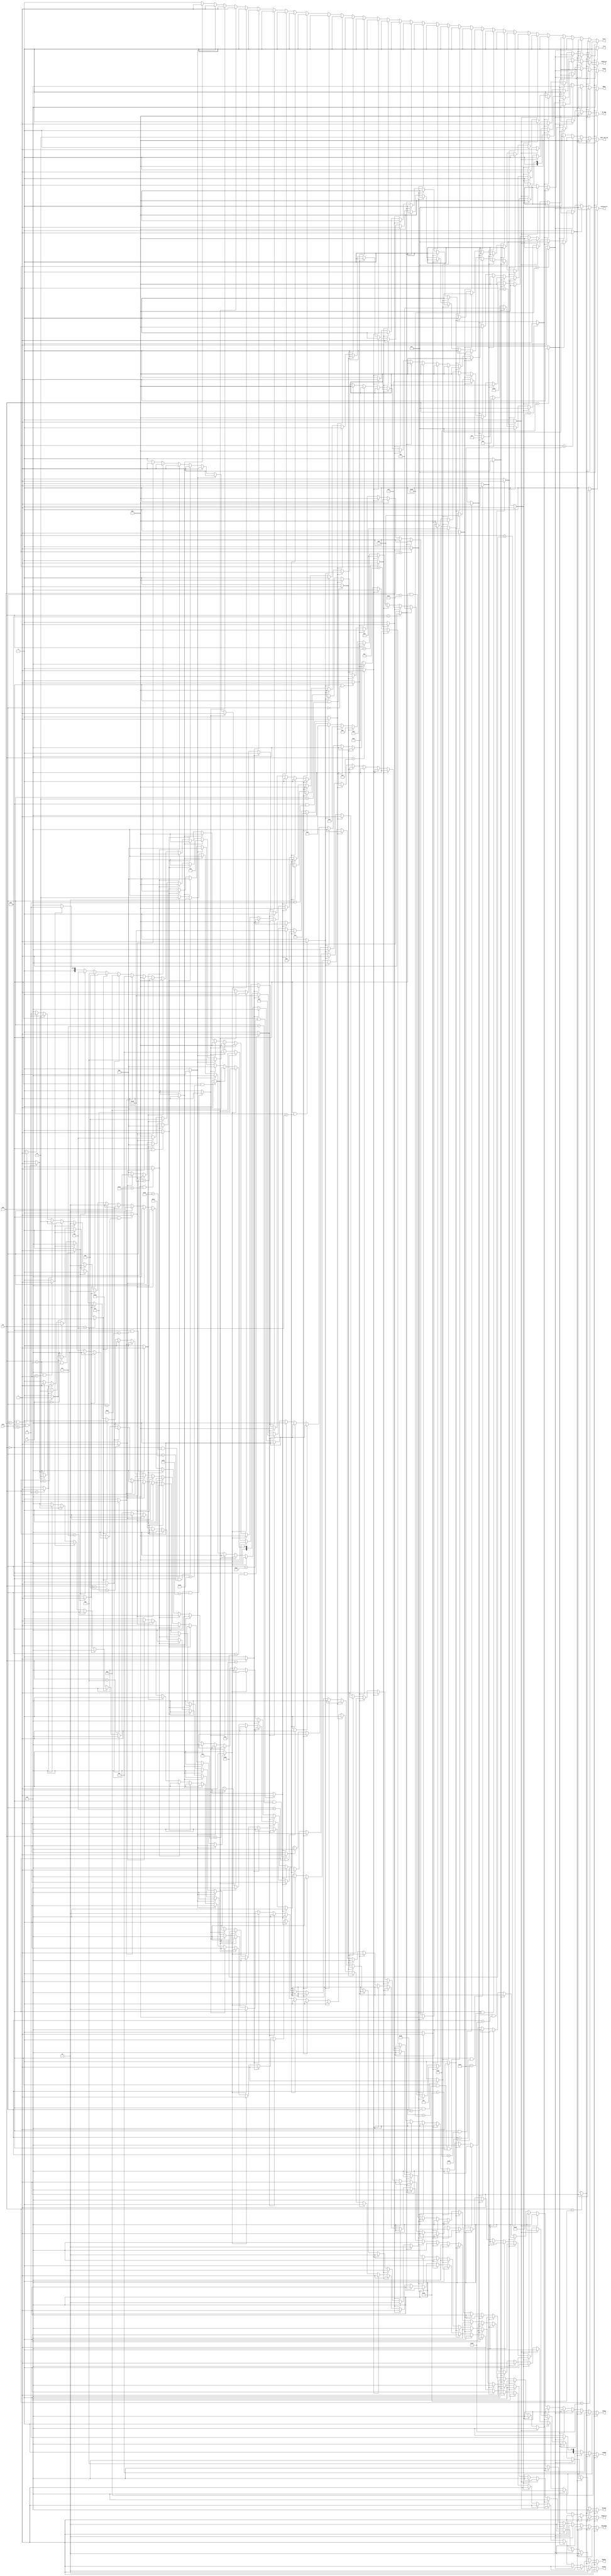
`timescale 1ns / 1ps
//////////////////////////////////////////////////////////////////////////////////
// Company: 
// Engineer: 
// 
// Design Name: 
// Module Name:    control 
// Project Name: 
// Target Devices: 
// Tool versions: 
// Description: 
//
// Dependencies: 
//
// Revision: 
// Revision 0.01 - File Created
// Additional Comments: 
//
//////////////////////////////////////////////////////////////////////////////////
module control(
    input [5:0] op,
    input [5:0] func,
	input [4:0] rt,
    output reg [1:0] Branch,
    output reg EXTop,
    output reg [4:0] ALUcontrol,
    output reg MemWrite,
    output reg RegWrite,
    output reg [1:0] RegDst,
    output reg ALUSrc,
    output reg [1:0] MemtoReg,
	output reg [1:0] BEop,
	output reg start,
	output reg [2:0] mult_div_op,
	output reg [2:0] Loadop,
	output reg [1:0] OUTop,
	output reg m_d,
	output reg [2:0] B_jump
    );
	 initial
		begin
			 Branch[1:0]=2'b00;
			 EXTop=1'b0;
			 ALUcontrol[4:0]=5'd0;
			 MemWrite=1'b0;
			 RegWrite=1'b0;
			 RegDst[1:0]=2'b00;
			 ALUSrc=1'b0;
			 MemtoReg[1:0]=2'b00;
			 BEop[1:0]=2'b00;
			 start=1'b0;
			 mult_div_op[2:0]=3'b000;
			 Loadop=3'b0;
			 OUTop[1:0]=2'b0;
			 m_d=1'b0;
			 B_jump=3'b000;
		end
	//
	//
	wire LB,LBU,LH,LHU,LW,SB,SH,SW;	
	//
	wire ADD,ADDU,SUB,SUBU,AND,OR,XOR,NOR;
	wire ADDI,ADDIU,ANDI,ORI,XORI;
	wire SLL,SRL,SRA,SLLV,SRLV,SRAV;
	wire SLT,SLTI,SLTIU,SLTU;
	wire LUI;
	//
	wire MULT,MULTU,DIV,DIVU,MFHI,MFLO,MTHI,MTLO;
	//
	wire BEQ,BNE,BLEZ,BGTZ,BLTZ,BGEZ;
	wire J,JAL,JALR,JR;
	//
	//
	assign LB=(op==6'b100000)?1'b1:1'b0;
	assign LBU=(op==6'b100100)?1'b1:1'b0;
	assign LH=(op==6'b100001)?1'b1:1'b0;
	assign LHU=(op==6'b100101)?1'b1:1'b0;
	assign LW=(op==6'b100011)?1'b1:1'b0;
	assign SB=(op==6'b101000)?1'b1:1'b0;
	assign SH=(op==6'b101001)?1'b1:1'b0;
	assign SW=(op==6'b101011)?1'b1:1'b0;
	//
	assign ADD=((op==6'b000000)&&(func==6'b100000))?1'b1:1'b0;
	assign ADDU=((op==6'b000000)&&(func==6'b100001))?1'b1:1'b0;
	assign SUB=((op==6'b000000)&&(func==6'b100010))?1'b1:1'b0;
	assign SUBU=((op==6'b000000)&&(func==6'b100011))?1'b1:1'b0;
	assign AND=((op==6'b000000)&&(func==6'b100100))?1'b1:1'b0;
	assign OR=((op==6'b000000)&&(func==6'b100101))?1'b1:1'b0;
	assign XOR=((op==6'b000000)&&(func==6'b100110))?1'b1:1'b0;
	assign NOR=((op==6'b000000)&&(func==6'b100111))?1'b1:1'b0;
	//
	assign ADDI=(op==6'b001000)?1'b1:1'b0;
	assign ADDIU=(op==6'b001001)?1'b1:1'b0;
	assign ANDI=(op==6'b001100)?1'b1:1'b0;
	assign ORI=(op==6'b001101)?1'b1:1'b0;
	assign XORI=(op==6'b001110)?1'b1:1'b0;
	//
	assign SLL=((op==6'b000000)&&(func==6'b000000))?1'b1:1'b0;
	assign SRL=((op==6'b000000)&&(func==6'b000010))?1'b1:1'b0;
	assign SRA=((op==6'b000000)&&(func==6'b000011))?1'b1:1'b0;
	assign SLLV=((op==6'b000000)&&(func==6'b000100))?1'b1:1'b0;
	assign SRLV=((op==6'b000000)&&(func==6'b000110))?1'b1:1'b0;
	assign SRAV=((op==6'b000000)&&(func==6'b000111))?1'b1:1'b0;
	//
	assign SLT=((op==6'b000000)&&(func==6'b101010))?1'b1:1'b0;
	assign SLTI=(op==6'b001010)?1'b1:1'b0;
	assign SLTIU=(op==6'b001011)?1'b1:1'b0;
	assign SLTU=((op==6'b000000)&&(func==6'b101011))?1'b1:1'b0;
	//
	assign LUI=(op==6'b001111)?1'b1:1'b0;
	//
	assign MULT=((op==6'b000000)&&(func==6'b011000))?1'b1:1'b0;
	assign MULTU=((op==6'b000000)&&(func==6'b011001))?1'b1:1'b0;
	assign DIV=((op==6'b000000)&&(func==6'b011010))?1'b1:1'b0;
	assign DIVU=((op==6'b000000)&&(func==6'b011011))?1'b1:1'b0;
	assign MFHI=((op==6'b000000)&&(func==6'b010000))?1'b1:1'b0;
	assign MFLO=((op==6'b000000)&&(func==6'b010010))?1'b1:1'b0;
	assign MTHI=((op==6'b000000)&&(func==6'b010001))?1'b1:1'b0;
	assign MTLO=((op==6'b000000)&&(func==6'b010011))?1'b1:1'b0;
	//
	assign BEQ=(op==6'b000100)?1'b1:1'b0;
	assign BNE=(op==6'b000101)?1'b1:1'b0;
	assign BLEZ=(op==6'b000110)?1'b1:1'b0;
	assign BGTZ=(op==6'b000111)?1'b1:1'b0;
	assign BLTZ=((op==6'b000001)&&(rt==5'b00000))?1'b1:1'b0;
	assign BGEZ=((op==6'b000001)&&(rt==5'b00001))?1'b1:1'b0;
	assign J=(op==6'b000010)?1'b1:1'b0;
	assign JAL=(op==6'b000011)?1'b1:1'b0;
	assign JALR=((op==6'b000000)&&(func==6'b001001))?1'b1:1'b0;
	assign JR=((op==6'b000000)&&(func==6'b001000))?1'b1:1'b0;
	//
	always@(*)
		begin
			if(LB)
				begin
					 Branch[1:0]=2'b00;
					 EXTop=1'b0;
					 ALUcontrol[4:0]=5'b00001;
					 MemWrite=1'b0;
					 RegWrite=1'b1;
					 RegDst[1:0]=2'b01;
					 ALUSrc=1'b1;
					 MemtoReg[1:0]=2'b01;
					 BEop[1:0]=2'b00;
					 start=1'b0;
					 mult_div_op[2:0]=3'b000;
					 Loadop=3'b010;
					 OUTop[1:0]=2'b00;
					 m_d=1'b0;
					 B_jump=3'b000;
				end
			else if(LBU)
				begin
					 Branch[1:0]=2'b00;
					 EXTop=1'b0;
					 ALUcontrol[4:0]=5'b00001;
					 MemWrite=1'b0;
					 RegWrite=1'b1;
					 RegDst[1:0]=2'b01;
					 ALUSrc=1'b1;
					 MemtoReg[1:0]=2'b01;
					 BEop[1:0]=2'b00;
					 start=1'b0;
					 mult_div_op[2:0]=3'b000;
					 Loadop=3'b001;
					 OUTop[1:0]=2'b00;
					 m_d=1'b0;
					 B_jump=3'b000;
				end
			else if(LH)
				begin
					 Branch[1:0]=2'b00;
					 EXTop=1'b0;
					 ALUcontrol[4:0]=5'b00001;
					 MemWrite=1'b0;
					 RegWrite=1'b1;
					 RegDst[1:0]=2'b01;
					 ALUSrc=1'b1;
					 MemtoReg[1:0]=2'b01;
					 BEop[1:0]=2'b00;
					 start=1'b0;
					 mult_div_op[2:0]=3'b000;
					 Loadop=3'b100;
					 OUTop[1:0]=2'b00;
					 m_d=1'b0;
					 B_jump=3'b000;
				end
			else if(LHU)
				begin
					 Branch[1:0]=2'b00;
					 EXTop=1'b0;
					 ALUcontrol[4:0]=5'b00001;
					 MemWrite=1'b0;
					 RegWrite=1'b1;
					 RegDst[1:0]=2'b01;
					 ALUSrc=1'b1;
					 MemtoReg[1:0]=2'b01;
					 BEop[1:0]=2'b00;
					 start=1'b0;
					 mult_div_op[2:0]=3'b000;
					 Loadop=3'b011;
					 OUTop[1:0]=2'b00;
					 m_d=1'b0;
					 B_jump=3'b000;
				end
			else if(LW)
				begin
					 Branch[1:0]=2'b00;
					 EXTop=1'b0;
					 ALUcontrol[4:0]=5'b00001;
					 MemWrite=1'b0;
					 RegWrite=1'b1;
					 RegDst[1:0]=2'b01;
					 ALUSrc=1'b1;
					 MemtoReg[1:0]=2'b01;
					 BEop[1:0]=2'b00;
					 start=1'b0;
					 mult_div_op[2:0]=3'b000;
					 Loadop=3'b000;
					 OUTop[1:0]=2'b00;
					 m_d=1'b0;
					 B_jump=3'b000;
				end
			else if(SB)
				begin
					 Branch[1:0]=2'b00;
					 EXTop=1'b0;
					 ALUcontrol[4:0]=5'b00001;
					 MemWrite=1'b1;
					 RegWrite=1'b0;
					 RegDst[1:0]=2'b00;
					 ALUSrc=1'b1;
					 MemtoReg[1:0]=2'b00;
					 BEop[1:0]=2'b10;
					 start=1'b0;
					 mult_div_op[2:0]=3'b000;
					 Loadop=3'b000;
					 OUTop[1:0]=2'b00;
					 m_d=1'b0;
					 B_jump=3'b000;
				end
			else if(SH)
				begin
					 Branch[1:0]=2'b00;
					 EXTop=1'b0;
					 ALUcontrol[4:0]=5'b00001;
					 MemWrite=1'b1;
					 RegWrite=1'b0;
					 RegDst[1:0]=2'b00;
					 ALUSrc=1'b1;
					 MemtoReg[1:0]=2'b00;
					 BEop[1:0]=2'b01;
					 start=1'b0;
					 mult_div_op[2:0]=3'b000;
					 Loadop=3'b000;
					 OUTop[1:0]=2'b00;
					 m_d=1'b0;
					 B_jump=3'b000;
				end
			else if(SW)
				begin
					 Branch[1:0]=2'b00;
					 EXTop=1'b0;
					 ALUcontrol[4:0]=5'b00001;
					 MemWrite=1'b1;
					 RegWrite=1'b0;
					 RegDst[1:0]=2'b00;
					 ALUSrc=1'b1;
					 MemtoReg[1:0]=2'b00;
					 BEop[1:0]=2'b00;
					 start=1'b0;
					 mult_div_op[2:0]=3'b000;
					 Loadop=3'b000;
					 OUTop[1:0]=2'b00;
					 m_d=1'b0;
					 B_jump=3'b000;
				end
			else if(ADD)
				begin
					 Branch[1:0]=2'b00;
					 EXTop=1'b0;
					 ALUcontrol[4:0]=5'b00001;
					 MemWrite=1'b0;
					 RegWrite=1'b1;
					 RegDst[1:0]=2'b00;
					 ALUSrc=1'b0;
					 MemtoReg[1:0]=2'b00;
					 BEop[1:0]=2'b00;
					 start=1'b0;
					 mult_div_op[2:0]=3'b000;
					 Loadop=3'b000;
					 OUTop[1:0]=2'b00;
					 m_d=1'b0;
					 B_jump=3'b000;
				end
			else if(ADDU)
				begin
					 Branch[1:0]=2'b00;
					 EXTop=1'b0;
					 ALUcontrol[4:0]=5'b00000;
					 MemWrite=1'b0;
					 RegWrite=1'b1;
					 RegDst[1:0]=2'b00;
					 ALUSrc=1'b0;
					 MemtoReg[1:0]=2'b00;
					 BEop[1:0]=2'b00;
					 start=1'b0;
					 mult_div_op[2:0]=3'b000;
					 Loadop=3'b000;
					 OUTop[1:0]=2'b00;
					 m_d=1'b0;
					 B_jump=3'b000;
				end
			else if(SUB)
				begin
					 Branch[1:0]=2'b00;
					 EXTop=1'b0;
					 ALUcontrol[4:0]=5'b00011;
					 MemWrite=1'b0;
					 RegWrite=1'b1;
					 RegDst[1:0]=2'b00;
					 ALUSrc=1'b0;
					 MemtoReg[1:0]=2'b00;
					 BEop[1:0]=2'b00;
					 start=1'b0;
					 mult_div_op[2:0]=3'b000;
					 Loadop=3'b000;
					 OUTop[1:0]=2'b00;
					 m_d=1'b0;
					 B_jump=3'b000;
				end
			else if(SUBU)
				begin
					 Branch[1:0]=2'b00;
					 EXTop=1'b0;
					 ALUcontrol[4:0]=5'b00010;
					 MemWrite=1'b0;
					 RegWrite=1'b1;
					 RegDst[1:0]=2'b00;
					 ALUSrc=1'b0;
					 MemtoReg[1:0]=2'b00;
					 BEop[1:0]=2'b00;
					 start=1'b0;
					 mult_div_op[2:0]=3'b000;
					 Loadop=3'b000;
					 OUTop[1:0]=2'b00;
					 m_d=1'b0;
					 B_jump=3'b000;
				end
			else if(AND)
				begin
					 Branch[1:0]=2'b00;
					 EXTop=1'b0;
					 ALUcontrol[4:0]=5'b00100;
					 MemWrite=1'b0;
					 RegWrite=1'b1;
					 RegDst[1:0]=2'b00;
					 ALUSrc=1'b0;
					 MemtoReg[1:0]=2'b00;
					 BEop[1:0]=2'b00;
					 start=1'b0;
					 mult_div_op[2:0]=3'b000;
					 Loadop=3'b000;
					 OUTop[1:0]=2'b00;
					 m_d=1'b0;
					 B_jump=3'b000;
				end
			else if(OR)
				begin
					 Branch[1:0]=2'b00;
					 EXTop=1'b0;
					 ALUcontrol[4:0]=5'b00101;
					 MemWrite=1'b0;
					 RegWrite=1'b1;
					 RegDst[1:0]=2'b00;
					 ALUSrc=1'b0;
					 MemtoReg[1:0]=2'b00;
					 BEop[1:0]=2'b00;
					 start=1'b0;
					 mult_div_op[2:0]=3'b000;
					 Loadop=3'b000;
					 OUTop[1:0]=2'b00;
					 m_d=1'b0;
					 B_jump=3'b000;
				end
			else if(XOR)
				begin
					 Branch[1:0]=2'b00;
					 EXTop=1'b0;
					 ALUcontrol[4:0]=5'b00110;
					 MemWrite=1'b0;
					 RegWrite=1'b1;
					 RegDst[1:0]=2'b00;
					 ALUSrc=1'b0;
					 MemtoReg[1:0]=2'b00;
					 BEop[1:0]=2'b00;
					 start=1'b0;
					 mult_div_op[2:0]=3'b000;
					 Loadop=3'b000;
					 OUTop[1:0]=2'b00;
					 m_d=1'b0;
					 B_jump=3'b000;
				end
			else if(NOR)
				begin
					 Branch[1:0]=2'b00;
					 EXTop=1'b0;
					 ALUcontrol[4:0]=5'b00111;
					 MemWrite=1'b0;
					 RegWrite=1'b1;
					 RegDst[1:0]=2'b00;
					 ALUSrc=1'b0;
					 MemtoReg[1:0]=2'b00;
					 BEop[1:0]=2'b00;
					 start=1'b0;
					 mult_div_op[2:0]=3'b000;
					 Loadop=3'b000;
					 OUTop[1:0]=2'b00;
					 m_d=1'b0;
					 B_jump=3'b000;
				end
			else if(ADDI)
				begin
					 Branch[1:0]=2'b00;
					 EXTop=1'b0;
					 ALUcontrol[4:0]=5'b00001;
					 MemWrite=1'b0;
					 RegWrite=1'b1;
					 RegDst[1:0]=2'b01;
					 ALUSrc=1'b1;
					 MemtoReg[1:0]=2'b00;
					 BEop[1:0]=2'b00;
					 start=1'b0;
					 mult_div_op[2:0]=3'b000;
					 Loadop=3'b000;
					 OUTop[1:0]=2'b00;
					 m_d=1'b0;
					 B_jump=3'b000;
				end
			else if(ADDIU)
				begin
					 Branch[1:0]=2'b00;
					 EXTop=1'b0;
					 ALUcontrol[4:0]=5'b00000;
					 MemWrite=1'b0;
					 RegWrite=1'b1;
					 RegDst[1:0]=2'b01;
					 ALUSrc=1'b1;
					 MemtoReg[1:0]=2'b00;
					 BEop[1:0]=2'b00;
					 start=1'b0;
					 mult_div_op[2:0]=3'b000;
					 Loadop=3'b000;
					 OUTop[1:0]=2'b00;
					 m_d=1'b0;
					 B_jump=3'b000;
				end
			else if(ANDI)
				begin
					 Branch[1:0]=2'b00;
					 EXTop=1'b1;
					 ALUcontrol[4:0]=5'b00100;
					 MemWrite=1'b0;
					 RegWrite=1'b1;
					 RegDst[1:0]=2'b01;
					 ALUSrc=1'b1;
					 MemtoReg[1:0]=2'b00;
					 BEop[1:0]=2'b00;
					 start=1'b0;
					 mult_div_op[2:0]=3'b000;
					 Loadop=3'b000;
					 OUTop[1:0]=2'b00;
					 m_d=1'b0;
					 B_jump=3'b000;
				end
			else if(ORI)
				begin
					 Branch[1:0]=2'b00;
					 EXTop=1'b1;
					 ALUcontrol[4:0]=5'b00101;
					 MemWrite=1'b0;
					 RegWrite=1'b1;
					 RegDst[1:0]=2'b01;
					 ALUSrc=1'b1;
					 MemtoReg[1:0]=2'b00;
					 BEop[1:0]=2'b00;
					 start=1'b0;
					 mult_div_op[2:0]=3'b000;
					 Loadop=3'b000;
					 OUTop[1:0]=2'b00;
					 m_d=1'b0;
					 B_jump=3'b000;
				end
			else if(XORI)
				begin
					 Branch[1:0]=2'b00;
					 EXTop=1'b1;
					 ALUcontrol[4:0]=5'b00110;
					 MemWrite=1'b0;
					 RegWrite=1'b1;
					 RegDst[1:0]=2'b01;
					 ALUSrc=1'b1;
					 MemtoReg[1:0]=2'b00;
					 BEop[1:0]=2'b00;
					 start=1'b0;
					 mult_div_op[2:0]=3'b000;
					 Loadop=3'b000;
					 OUTop[1:0]=2'b00;
					 m_d=1'b0;
					 B_jump=3'b000;
				end
			else if(SLL)
				begin
					 Branch[1:0]=2'b00;
					 EXTop=1'b0;
					 ALUcontrol[4:0]=5'b01001;
					 MemWrite=1'b0;
					 RegWrite=1'b1;
					 RegDst[1:0]=2'b00;
					 ALUSrc=1'b0;
					 MemtoReg[1:0]=2'b00;
					 BEop[1:0]=2'b00;
					 start=1'b0;
					 mult_div_op[2:0]=3'b000;
					 Loadop=3'b000;
					 OUTop[1:0]=2'b00;
					 m_d=1'b0;
					 B_jump=3'b000;
				end
			else if(SRL)
				begin
					 Branch[1:0]=2'b00;
					 EXTop=1'b0;
					 ALUcontrol[4:0]=5'b01011;
					 MemWrite=1'b0;
					 RegWrite=1'b1;
					 RegDst[1:0]=2'b00;
					 ALUSrc=1'b0;
					 MemtoReg[1:0]=2'b00;
					 BEop[1:0]=2'b00;
					 start=1'b0;
					 mult_div_op[2:0]=3'b000;
					 Loadop=3'b000;
					 OUTop[1:0]=2'b00;
					 m_d=1'b0;
					 B_jump=3'b000;
				end
			else if(SRA)
				begin
					 Branch[1:0]=2'b00;
					 EXTop=1'b0;
					 ALUcontrol[4:0]=5'b01101;
					 MemWrite=1'b0;
					 RegWrite=1'b1;
					 RegDst[1:0]=2'b00;
					 ALUSrc=1'b0;
					 MemtoReg[1:0]=2'b00;
					 BEop[1:0]=2'b00;
					 start=1'b0;
					 mult_div_op[2:0]=3'b000;
					 Loadop=3'b000;
					 OUTop[1:0]=2'b00;
					 m_d=1'b0;
					 B_jump=3'b000;
				end
			else if(SLLV)
				begin
					 Branch[1:0]=2'b00;
					 EXTop=1'b0;
					 ALUcontrol[4:0]=5'b01010;
					 MemWrite=1'b0;
					 RegWrite=1'b1;
					 RegDst[1:0]=2'b00;
					 ALUSrc=1'b0;
					 MemtoReg[1:0]=2'b00;
					 BEop[1:0]=2'b00;
					 start=1'b0;
					 mult_div_op[2:0]=3'b000;
					 Loadop=3'b000;
					 OUTop[1:0]=2'b00;
					 m_d=1'b0;
					 B_jump=3'b000;
				end
			else if(SRLV)
				begin
					 Branch[1:0]=2'b00;
					 EXTop=1'b0;
					 ALUcontrol[4:0]=5'b01100;
					 MemWrite=1'b0;
					 RegWrite=1'b1;
					 RegDst[1:0]=2'b00;
					 ALUSrc=1'b0;
					 MemtoReg[1:0]=2'b00;
					 BEop[1:0]=2'b00;
					 start=1'b0;
					 mult_div_op[2:0]=3'b000;
					 Loadop=3'b000;
					 OUTop[1:0]=2'b00;
					 m_d=1'b0;
					 B_jump=3'b000;
				end
			else if(SRAV)
				begin
					 Branch[1:0]=2'b00;
					 EXTop=1'b0;
					 ALUcontrol[4:0]=5'b01110;
					 MemWrite=1'b0;
					 RegWrite=1'b1;
					 RegDst[1:0]=2'b00;
					 ALUSrc=1'b0;
					 MemtoReg[1:0]=2'b00;
					 BEop[1:0]=2'b00;
					 start=1'b0;
					 mult_div_op[2:0]=3'b000;
					 Loadop=3'b000;
					 OUTop[1:0]=2'b00;
					 m_d=1'b0;
					 B_jump=3'b000;
				end
			else if(SLT)
				begin
					 Branch[1:0]=2'b00;
					 EXTop=1'b0;
					 ALUcontrol[4:0]=5'b10000;
					 MemWrite=1'b0;
					 RegWrite=1'b1;
					 RegDst[1:0]=2'b00;
					 ALUSrc=1'b0;
					 MemtoReg[1:0]=2'b00;
					 BEop[1:0]=2'b00;
					 start=1'b0;
					 mult_div_op[2:0]=3'b000;
					 Loadop=3'b000;
					 OUTop[1:0]=2'b00;
					 m_d=1'b0;
					 B_jump=3'b000;
				end
			else if(SLTU)
				begin
					 Branch[1:0]=2'b00;
					 EXTop=1'b0;
					 ALUcontrol[4:0]=5'b01111;
					 MemWrite=1'b0;
					 RegWrite=1'b1;
					 RegDst[1:0]=2'b00;
					 ALUSrc=1'b0;
					 MemtoReg[1:0]=2'b00;
					 BEop[1:0]=2'b00;
					 start=1'b0;
					 mult_div_op[2:0]=3'b000;
					 Loadop=3'b000;
					 OUTop[1:0]=2'b00;
					 m_d=1'b0;
					 B_jump=3'b000;
				end
			else if(SLTI)
				begin
					 Branch[1:0]=2'b00;
					 EXTop=1'b0;
					 ALUcontrol[4:0]=5'b10000;
					 MemWrite=1'b0;
					 RegWrite=1'b1;
					 RegDst[1:0]=2'b01;
					 ALUSrc=1'b1;
					 MemtoReg[1:0]=2'b00;
					 BEop[1:0]=2'b00;
					 start=1'b0;
					 mult_div_op[2:0]=3'b000;
					 Loadop=3'b000;
					 OUTop[1:0]=2'b00;
					 m_d=1'b0;
					 B_jump=3'b000;
				end
			else if(SLTIU)
				begin
					 Branch[1:0]=2'b00;
					 EXTop=1'b0;
					 ALUcontrol[4:0]=5'b01111;
					 MemWrite=1'b0;
					 RegWrite=1'b1;
					 RegDst[1:0]=2'b01;
					 ALUSrc=1'b1;
					 MemtoReg[1:0]=2'b00;
					 BEop[1:0]=2'b00;
					 start=1'b0;
					 mult_div_op[2:0]=3'b000;
					 Loadop=3'b000;
					 OUTop[1:0]=2'b00;
					 m_d=1'b0;
					 B_jump=3'b000;
				end
			else if(MULT)
				begin
					 Branch[1:0]=2'b00;
					 EXTop=1'b0;
					 ALUcontrol[4:0]=5'b00000;
					 MemWrite=1'b0;
					 RegWrite=1'b0;
					 RegDst[1:0]=2'b00;
					 ALUSrc=1'b0;
					 MemtoReg[1:0]=2'b00;
					 BEop[1:0]=2'b00;
					 start=1'b1;
					 mult_div_op[2:0]=3'b010;
					 Loadop=3'b000;
					 OUTop[1:0]=2'b00;
					 m_d=1'b1;
					 B_jump=3'b000;
				end
			else if(MULTU)
				begin
					 Branch[1:0]=2'b00;
					 EXTop=1'b0;
					 ALUcontrol[4:0]=5'b00000;
					 MemWrite=1'b0;
					 RegWrite=1'b0;
					 RegDst[1:0]=2'b00;
					 ALUSrc=1'b0;
					 MemtoReg[1:0]=2'b00;
					 BEop[1:0]=2'b00;
					 start=1'b1;
					 mult_div_op[2:0]=3'b001;
					 Loadop=3'b000;
					 OUTop[1:0]=2'b00;
					 m_d=1'b1;
					 B_jump=3'b000;
				end
			else if(DIV)
				begin
					 Branch[1:0]=2'b00;
					 EXTop=1'b0;
					 ALUcontrol[4:0]=5'b00000;
					 MemWrite=1'b0;
					 RegWrite=1'b0;
					 RegDst[1:0]=2'b00;
					 ALUSrc=1'b0;
					 MemtoReg[1:0]=2'b00;
					 BEop[1:0]=2'b00;
					 start=1'b1;
					 mult_div_op[2:0]=3'b100;
					 Loadop=3'b000;
					 OUTop[1:0]=2'b00;
					 m_d=1'b1;
					 B_jump=3'b000;
				end
			else if(DIVU)
				begin
					 Branch[1:0]=2'b00;
					 EXTop=1'b0;
					 ALUcontrol[4:0]=5'b00000;
					 MemWrite=1'b0;
					 RegWrite=1'b0;
					 RegDst[1:0]=2'b00;
					 ALUSrc=1'b0;
					 MemtoReg[1:0]=2'b00;
					 BEop[1:0]=2'b00;
					 start=1'b1;
					 mult_div_op[2:0]=3'b011;
					 Loadop=3'b000;
					 OUTop[1:0]=2'b00;
					 m_d=1'b1;
					 B_jump=3'b000;
				end
			else if(MFHI)
				begin
					 Branch[1:0]=2'b00;
					 EXTop=1'b0;
					 ALUcontrol[4:0]=5'b00000;
					 MemWrite=1'b0;
					 RegWrite=1'b1;
					 RegDst[1:0]=2'b00;
					 ALUSrc=1'b0;
					 MemtoReg[1:0]=2'b00;
					 BEop[1:0]=2'b00;
					 start=1'b0;
					 mult_div_op[2:0]=3'b000;
					 Loadop=3'b000;
					 OUTop[1:0]=2'b01;
					 m_d=1'b1;
					 B_jump=3'b000;
				end
			else if(MFLO)
				begin
					 Branch[1:0]=2'b00;
					 EXTop=1'b0;
					 ALUcontrol[4:0]=5'b00000;
					 MemWrite=1'b0;
					 RegWrite=1'b1;
					 RegDst[1:0]=2'b00;
					 ALUSrc=1'b0;
					 MemtoReg[1:0]=2'b00;
					 BEop[1:0]=2'b00;
					 start=1'b0;
					 mult_div_op[2:0]=3'b000;
					 Loadop=3'b000;
					 OUTop[1:0]=2'b10;
					 m_d=1'b1;
					 B_jump=3'b000;
				end
			else if(MTHI)
				begin
					 Branch[1:0]=2'b00;
					 EXTop=1'b0;
					 ALUcontrol[4:0]=5'b00000;
					 MemWrite=1'b0;
					 RegWrite=1'b0;
					 RegDst[1:0]=2'b00;
					 ALUSrc=1'b0;
					 MemtoReg[1:0]=2'b00;
					 BEop[1:0]=2'b00;
					 start=1'b0;
					 mult_div_op[2:0]=3'b101;
					 Loadop=3'b000;
					 OUTop[1:0]=2'b00;
					 m_d=1'b1;
					 B_jump=3'b000;
				end
			else if(MTLO)
				begin
					 Branch[1:0]=2'b00;
					 EXTop=1'b0;
					 ALUcontrol[4:0]=5'b00000;
					 MemWrite=1'b0;
					 RegWrite=1'b0;
					 RegDst[1:0]=2'b00;
					 ALUSrc=1'b0;
					 MemtoReg[1:0]=2'b00;
					 BEop[1:0]=2'b00;
					 start=1'b0;
					 mult_div_op[2:0]=3'b110;
					 Loadop=3'b000;
					 OUTop[1:0]=2'b00;
					 m_d=1'b1;
					 B_jump=3'b000;
				end
			else if(LUI)
				begin
					 Branch[1:0]=2'b00;
					 EXTop=1'b0;
					 ALUcontrol[4:0]=5'b01000;
					 MemWrite=1'b0;
					 RegWrite=1'b1;
					 RegDst[1:0]=2'b01;
					 ALUSrc=1'b1;
					 MemtoReg[1:0]=2'b00;
					 BEop[1:0]=2'b00;
					 start=1'b0;
					 mult_div_op[2:0]=3'b000;
					 Loadop=3'b000;
					 OUTop[1:0]=2'b00;
					 m_d=1'b0;
					 B_jump=3'b000;
				end
			else if(BEQ)
				begin
					 Branch[1:0]=2'b01;
					 EXTop=1'b0;
					 ALUcontrol[4:0]=5'b00000;
					 MemWrite=1'b0;
					 RegWrite=1'b0;
					 RegDst[1:0]=2'b00;
					 ALUSrc=1'b0;
					 MemtoReg[1:0]=2'b00;
					 BEop[1:0]=2'b00;
					 start=1'b0;
					 mult_div_op[2:0]=3'b000;
					 Loadop=3'b000;
					 OUTop[1:0]=2'b00;
					 m_d=1'b0;
					 B_jump=3'b001;
				end
			else if(BNE)
				begin
					 Branch[1:0]=2'b01;
					 EXTop=1'b0;
					 ALUcontrol[4:0]=5'b00000;
					 MemWrite=1'b0;
					 RegWrite=1'b0;
					 RegDst[1:0]=2'b00;
					 ALUSrc=1'b0;
					 MemtoReg[1:0]=2'b00;
					 BEop[1:0]=2'b00;
					 start=1'b0;
					 mult_div_op[2:0]=3'b000;
					 Loadop=3'b000;
					 OUTop[1:0]=2'b00;
					 m_d=1'b0;
					 B_jump=3'b010;
				end
			else if(BLEZ)
				begin
					 Branch[1:0]=2'b01;
					 EXTop=1'b0;
					 ALUcontrol[4:0]=5'b00000;
					 MemWrite=1'b0;
					 RegWrite=1'b0;
					 RegDst[1:0]=2'b00;
					 ALUSrc=1'b0;
					 MemtoReg[1:0]=2'b00;
					 BEop[1:0]=2'b00;
					 start=1'b0;
					 mult_div_op[2:0]=3'b000;
					 Loadop=3'b000;
					 OUTop[1:0]=2'b00;
					 m_d=1'b0;
					 B_jump=3'b101;
				end
			else if(BGTZ)
				begin
					 Branch[1:0]=2'b01;
					 EXTop=1'b0;
					 ALUcontrol[4:0]=5'b00000;
					 MemWrite=1'b0;
					 RegWrite=1'b0;
					 RegDst[1:0]=2'b00;
					 ALUSrc=1'b0;
					 MemtoReg[1:0]=2'b00;
					 BEop[1:0]=2'b00;
					 start=1'b0;
					 mult_div_op[2:0]=3'b000;
					 Loadop=3'b000;
					 OUTop[1:0]=2'b00;
					 m_d=1'b0;
					 B_jump=3'b100;
				end
			else if(BLTZ)
				begin
					 Branch[1:0]=2'b01;
					 EXTop=1'b0;
					 ALUcontrol[4:0]=5'b00000;
					 MemWrite=1'b0;
					 RegWrite=1'b0;
					 RegDst[1:0]=2'b00;
					 ALUSrc=1'b0;
					 MemtoReg[1:0]=2'b00;
					 BEop[1:0]=2'b00;
					 start=1'b0;
					 mult_div_op[2:0]=3'b000;
					 Loadop=3'b000;
					 OUTop[1:0]=2'b00;
					 m_d=1'b0;
					 B_jump=3'b110;
				end
			else if(BGEZ)
				begin
					 Branch[1:0]=2'b01;
					 EXTop=1'b0;
					 ALUcontrol[4:0]=5'b00000;
					 MemWrite=1'b0;
					 RegWrite=1'b0;
					 RegDst[1:0]=2'b00;
					 ALUSrc=1'b0;
					 MemtoReg[1:0]=2'b00;
					 BEop[1:0]=2'b00;
					 start=1'b0;
					 mult_div_op[2:0]=3'b000;
					 Loadop=3'b000;
					 OUTop[1:0]=2'b00;
					 m_d=1'b0;
					 B_jump=3'b011;
				end
			else if(J)
				begin
					 Branch[1:0]=2'b10;
					 EXTop=1'b0;
					 ALUcontrol[4:0]=5'b00000;
					 MemWrite=1'b0;
					 RegWrite=1'b0;
					 RegDst[1:0]=2'b00;
					 ALUSrc=1'b0;
					 MemtoReg[1:0]=2'b00;
					 BEop[1:0]=2'b00;
					 start=1'b0;
					 mult_div_op[2:0]=3'b000;
					 Loadop=3'b000;
					 OUTop[1:0]=2'b00;
					 m_d=1'b0;
					 B_jump=3'b000;
				end
			else if(JAL)
				begin
					 Branch[1:0]=2'b10;
					 EXTop=1'b0;
					 ALUcontrol[4:0]=5'b00000;
					 MemWrite=1'b0;
					 RegWrite=1'b1;
					 RegDst[1:0]=2'b10;
					 ALUSrc=1'b0;
					 MemtoReg[1:0]=2'b10;
					 BEop[1:0]=2'b00;
					 start=1'b0;
					 mult_div_op[2:0]=3'b000;
					 Loadop=3'b000;
					 OUTop[1:0]=2'b00;
					 m_d=1'b0;
					 B_jump=3'b000;
				end
			else if(JALR)
				begin
					 Branch[1:0]=2'b11;
					 EXTop=1'b0;
					 ALUcontrol[4:0]=5'b00000;
					 MemWrite=1'b0;
					 RegWrite=1'b1;
					 RegDst[1:0]=2'b00;
					 ALUSrc=1'b0;
					 MemtoReg[1:0]=2'b10;
					 BEop[1:0]=2'b00;
					 start=1'b0;
					 mult_div_op[2:0]=3'b000;
					 Loadop=3'b000;
					 OUTop[1:0]=2'b00;
					 m_d=1'b0;
					 B_jump=3'b000;
				end
			else if(JR)
				begin
					 Branch[1:0]=2'b11;
					 EXTop=1'b0;
					 ALUcontrol[4:0]=5'b00000;
					 MemWrite=1'b0;
					 RegWrite=1'b0;
					 RegDst[1:0]=2'b00;
					 ALUSrc=1'b0;
					 MemtoReg[1:0]=2'b00;
					 BEop[1:0]=2'b00;
					 start=1'b0;
					 mult_div_op[2:0]=3'b000;
					 Loadop=3'b000;
					 OUTop[1:0]=2'b00;
					 m_d=1'b0;
					 B_jump=3'b000;
				end
			else 
				begin
					 Branch[1:0]=2'b00;
					 EXTop=1'b0;
					 ALUcontrol[4:0]=5'b00000;
					 MemWrite=1'b0;
					 RegWrite=1'b0;
					 RegDst[1:0]=2'b00;
					 ALUSrc=1'b0;
					 MemtoReg[1:0]=2'b00;
					 BEop[1:0]=2'b00;
					 start=1'b0;
					 mult_div_op[2:0]=3'b000;
					 Loadop=3'b000;
					 OUTop[1:0]=2'b00;
					 m_d=1'b0;
					 B_jump=3'b000;
				end
		end
endmodule